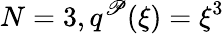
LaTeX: N=3,q^{\mathscr{P}}(\xi)=\xi^{3}